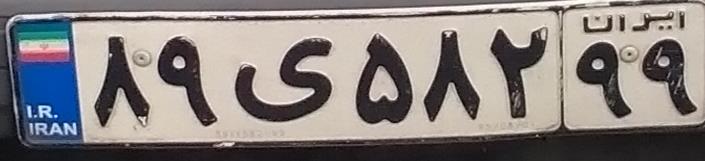
۸۹ی۵۸۲۹۹